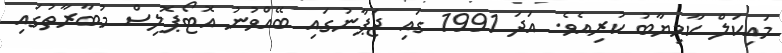
މައިކަލް ކާމިޔާބު ކުރިއެވެ. އަދަ 1991 ގައި ޖަޕާނުގައި ބޭއްވުނު އޮޓޯޕޮލިސް މުބާރާތުގައި